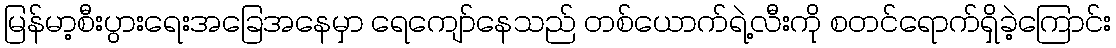
မြန်မာ့စီးပွားရေးအခြေအနေမှာ ရေကျော်နေသည် တစ်ယောက်ရဲ့လီးကို စတင်ရောက်ရှိခဲ့ကြောင်း